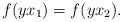
\begin{align*}f(yx_1)=f(yx_2).\end{align*}